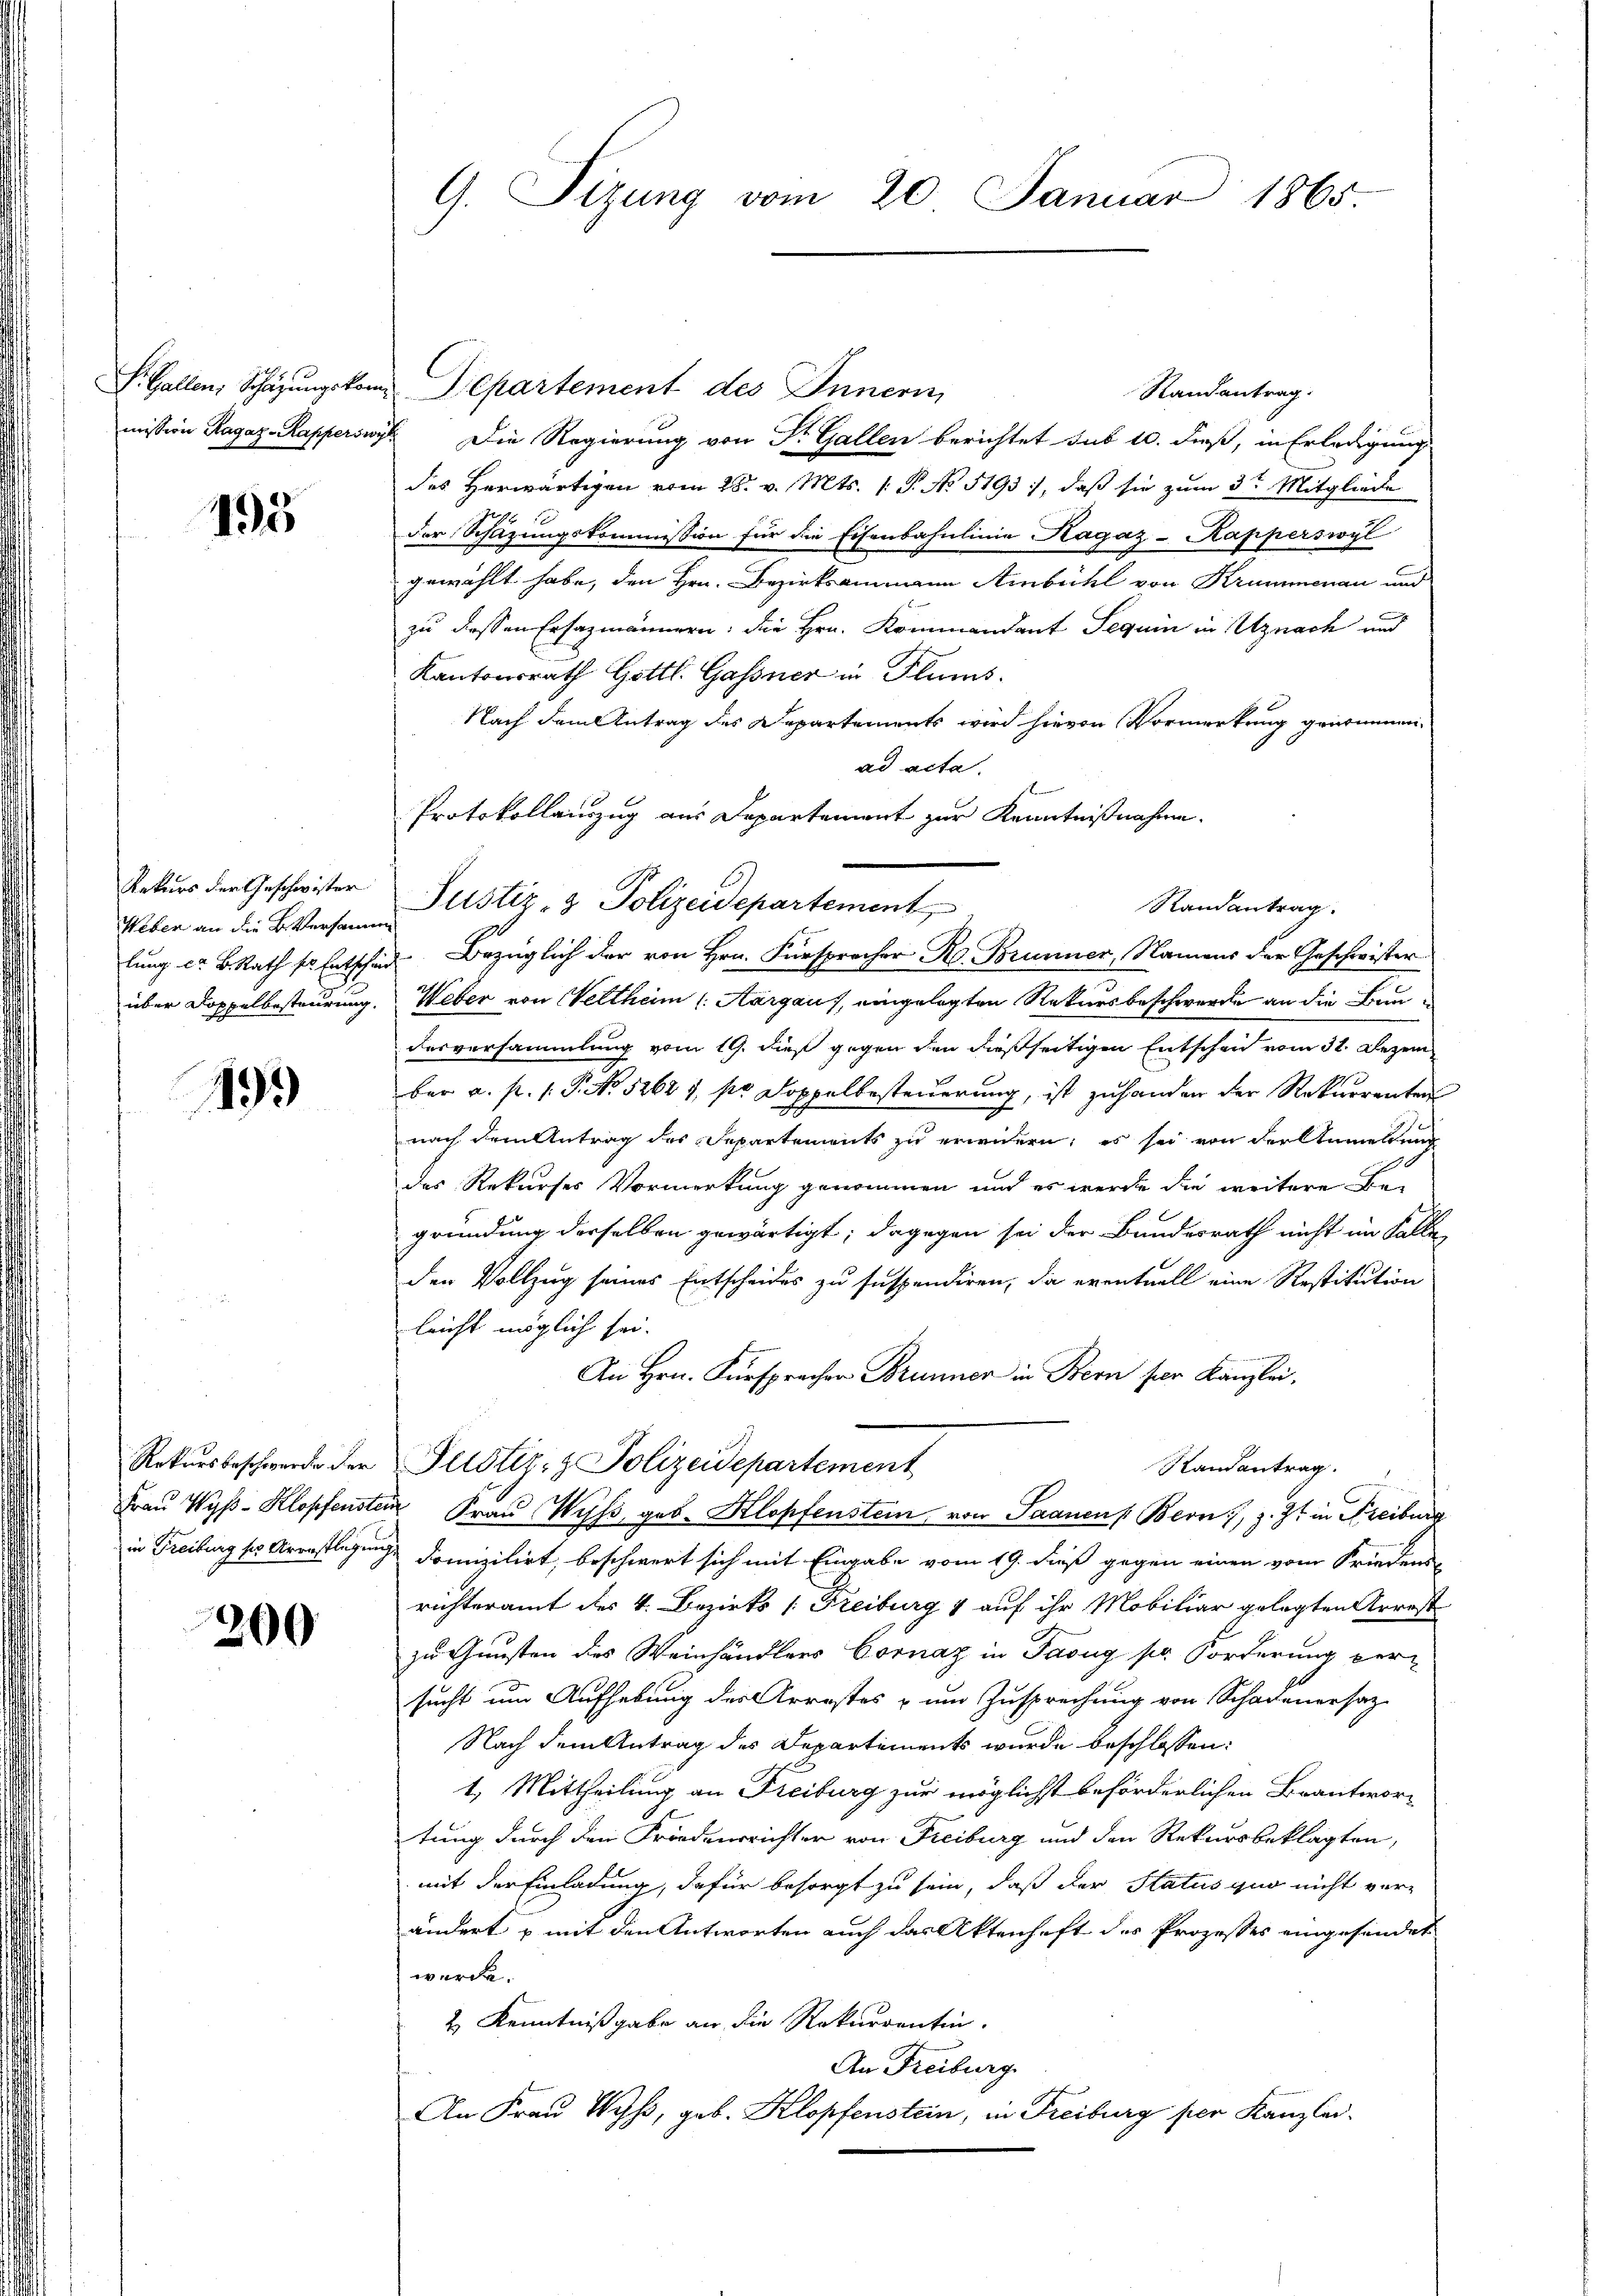
S. Gallen, Schazungskommission Ragaz-Kapperswy

195

Rekurs der Geschwister
Weber an die B. Versamm
lung cr. B. Rath sr. Entscheid
über Doppelbesteurung.

199

Rekursbeschwerden der
Frau Wyss - Klopfenster
in Freiburg so Arrestlegung

200

G. Sitzung vom 20. Januar 1865.

Departement des Innern,
Randantrag.
Die Regierung von Dr. Gallen berichtet sub 10. dieß, in Erledigung
des Herwärtigen vom 28. v. Mts. (T. No 5193), daß sie zum 3ten Mitgliede
der Schazungskommission für die Eisenbahnlinie Kagaz-Kapperswyl
gewählt habe, den Hrn. Bezirksammann Ambühl von Krummenau und
zu dessen Ersazmännern: die Hrn. Kommandant Seguin in Uznach und
Kantonsrath Gottl. Gassner in Flums.
Nach dem Antrag des Departements wird hievon Vormerkung genommen
ad acta.
Protokollauszug aus Departement zur Kenntnißnahme.
Justiz- & Polizeidepartement
Bezüglich der von Hrn. Fürsprecher R. Brunner, Namens der Geschwister
Weber von Weltheim (Aargaus, eingelegten Rekursbeschwerde an die Bundesversammlung vom 19. dieß gegen den dießseitigen Entschen vom 31. Dezem
bar a. p. 1. P. No. 52621, so Doppelbesteuerung, ist zu handen der Rekurrenten
nach dem Antrag des Separtements zu erwidern; es sei von der Anmeldung
des Rekurses Vormerkung genommen und es werde die weitere Begründung derselben gewärtigt; dagegen sei der Bundesrath nicht im Falle
den Vollzug seines Entscheides zu suspendiren, da eventuell eine Restitution
leicht möglich sei.
An Hrn. Fürsprachen Brunner in Bern per Kanzlei.
Justiz- & Polizeidepartement
Randantrag.
Frau Wyss, geb. Klopfenstein, von Saanen Bern, z. Zt. in Freiburg
domizilirt, beschwert sich mit Eingabe vom 19. dieß gegen einen vom Friedens-
richteramt des V. Bezirks [Freiburg & auf ihr Mobiliar gelegten Arrest
zu Gunsten des Weinhändlers Cornaz in Taug pr. Forderung versucht um Aufhebung des Arrestes & um Zusprechung von Schadenersatz
Nach dem Antrag des Departements wurde beschlossen:
1.) Mittheilung an Freiburg zur möglichst beförderlichen Brantwortung durch den Friedensrichter von Freiburg und den Rekursbeklagten,
mit der Einladung, dafür besorgt zu sein, daß der Status quo nicht ver-
ändert & mit den Antworten auch das Aktenhaft des Prozesses eingesendet
werde.
2. Kenntnißgabe an die Rekurrentin.
An Freiburg
An Frau Wyß, geb. Klopfenstein, in Freiburg per Kanzlei-

Randantrag.